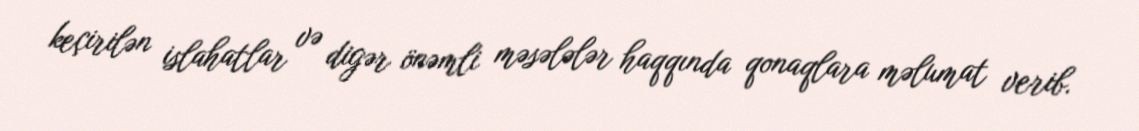
keçirilən islahatlar və digər önəmli məsələlər haqqında qonaqlara məlumat verib.